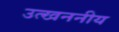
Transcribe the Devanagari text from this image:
उत्खननीय